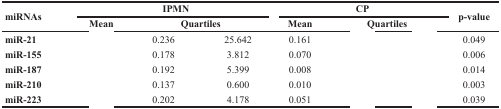
<table><thead><tr><td rowspan="2"><b>miRNAs</b></td><td colspan="3"><b>IPMN</b></td><td colspan="3"><b>CP</b></td><td rowspan="2"><b>p-value</b></td></tr><tr><td><b>Mean</b></td><td colspan="2"><b>Quartiles</b></td><td><b>Mean</b></td><td colspan="2"><b>Quartiles</b></td></tr></thead><tbody><tr><td><b>miR-21</b></td><td>[EMPTY_CELL]</td><td>0.236</td><td>25.642</td><td>0.161</td><td>[EMPTY_CELL]</td><td>[EMPTY_CELL]</td><td>0.049</td></tr><tr><td><b>miR-155</b></td><td>[EMPTY_CELL]</td><td>0.178</td><td>3.812</td><td>0.070</td><td>[EMPTY_CELL]</td><td>[EMPTY_CELL]</td><td>0.006</td></tr><tr><td><b>miR-187</b></td><td>[EMPTY_CELL]</td><td>0.192</td><td>5.399</td><td>0.008</td><td>[EMPTY_CELL]</td><td>[EMPTY_CELL]</td><td>0.014</td></tr><tr><td><b>miR-210</b></td><td>[EMPTY_CELL]</td><td>0.137</td><td>0.600</td><td>0.010</td><td>[EMPTY_CELL]</td><td>[EMPTY_CELL]</td><td>0.003</td></tr><tr><td><b>miR-223</b></td><td>[EMPTY_CELL]</td><td>0.202</td><td>4.178</td><td>0.051</td><td>[EMPTY_CELL]</td><td>[EMPTY_CELL]</td><td>0.039</td></tr></tbody></table>